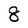
Character: 8